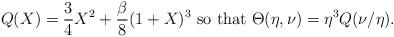
LaTeX: \begin{align*}Q(X)=\frac{3}{4}X^2 + \frac{\beta}{8}(1+X)^3\mbox{ so that }\Theta(\eta,\nu)=\eta^3Q(\nu/\eta).\end{align*}